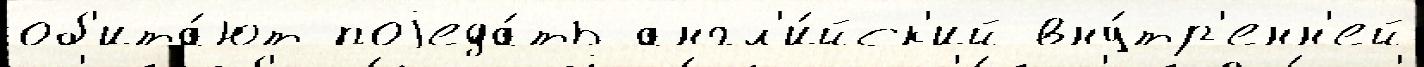
об'ита́ют поjеда́ть англ'и́йск'ий вну́тр'енн'ей